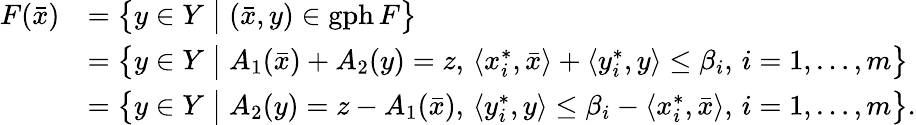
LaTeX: \begin{array}{r}{\begin{array}{ll}{F(\bar{x})}&{=\big\{ y\in Y\; \big|\; (\bar{x},y)\in\mathrm{gph}\, F\big\} }\\ &{=\big\{ y\in Y\; \big|\; A_{1}(\bar{x})+A_{2}(y)=z,\, \langle x_{i}^{*},\bar{x}\rangle+\langle y_{i}^{*},y\rangle\leq\beta_{i},\, i=1,\ldots,m\big\} }\\ &{=\big\{ y\in Y\; \big|\; A_{2}(y)=z-A_{1}(\bar{x}),\, \langle y_{i}^{*},y\rangle\leq\beta_{i}-\langle x_{i}^{*},\bar{x}\rangle,\, i=1,\ldots,m\big\} .}\end{array}}\end{array}